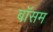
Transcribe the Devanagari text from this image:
बॉसम